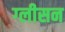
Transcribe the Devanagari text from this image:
ग्‍लीसन